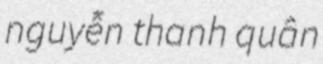
nguyễn thanh quân